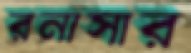
রনাসার